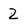
Character: Z